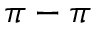
\pi - \pi